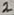
Text: 2